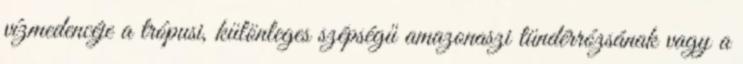
vízmedencéje a trópusi, különleges szépségű amazonaszi tündérrózsának vagy a